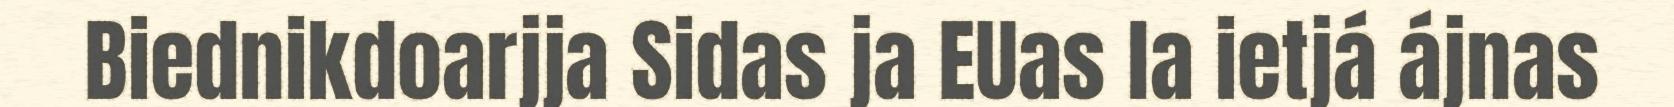
Biednikdoarjja Sidas ja EUas la ietjá ájnas